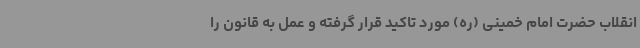
انقلاب حضرت امام خمینی (ره) مورد تاکید قرار گرفته و عمل به قانون را